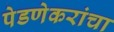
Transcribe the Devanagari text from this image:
पेडणेकरांचा